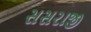
સસરાજી